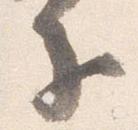
子